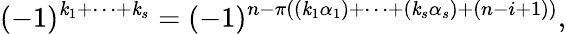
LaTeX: (-1)^{\mathit{k}_{1}+\dots+\mathit{k}_{s}}=(-1)^{n-\pi((\mathit{k}_{1}\alpha_{1})+\dots+(\mathit{k}_{s}\alpha_{s})+(n-i+1))},